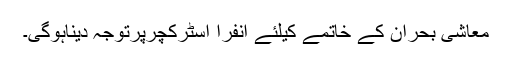
معاشی بحران کے خاتمے کیلئے انفرا اسٹرکچرپرتوجہ دیناہوگی۔